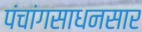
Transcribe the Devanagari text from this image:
पंचांगसाधनसार